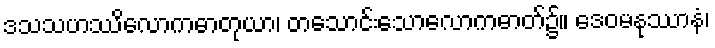
ဒသသဟဿိလောကဓာတုယာ၊ တသောင်းသောလောကဓာတ်၌။ ဒေဝမနုဿာနံ၊